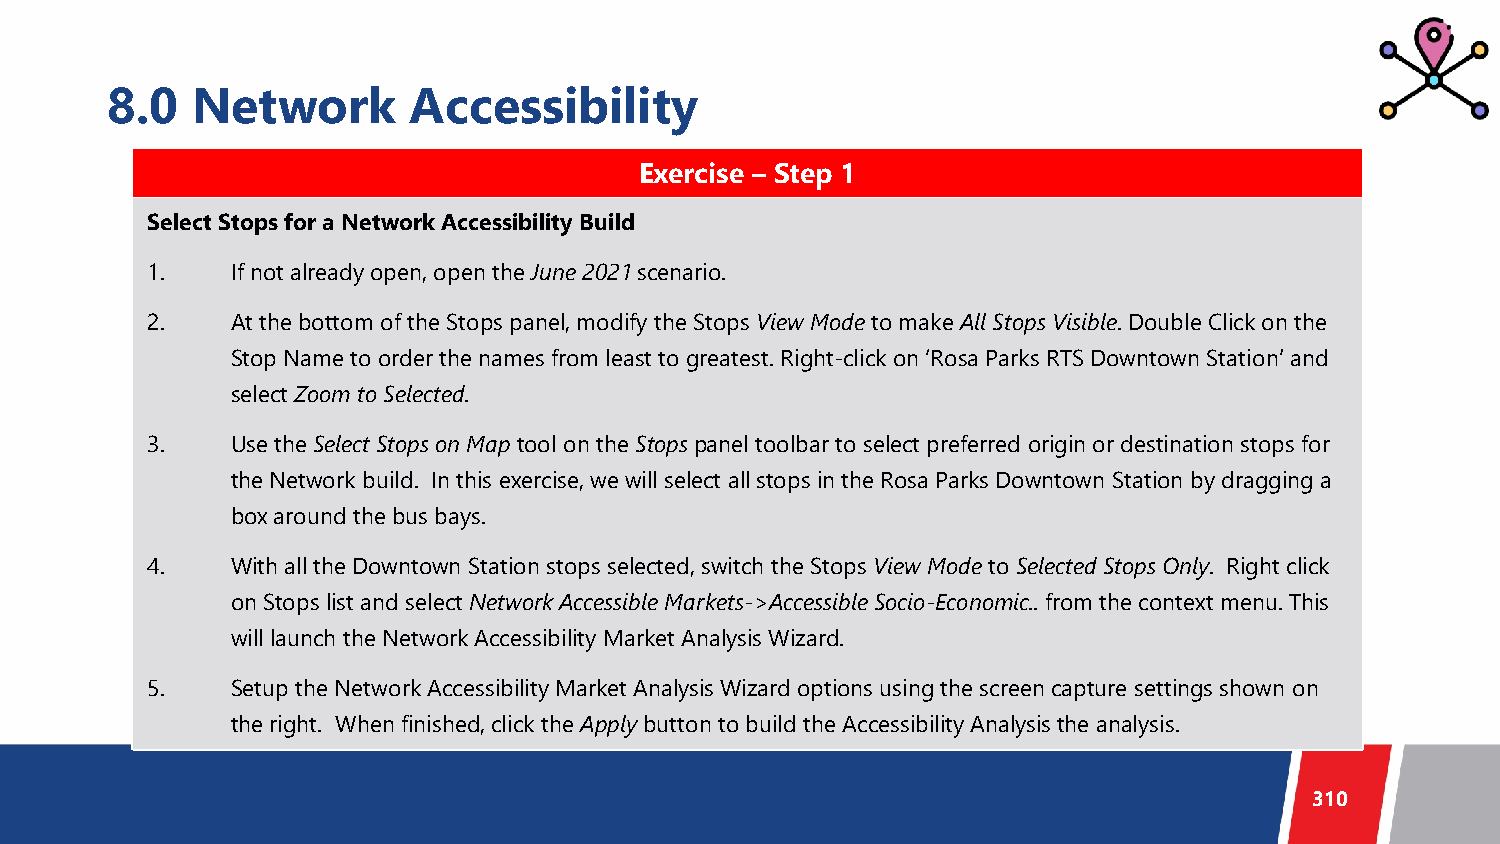
8.0   Network       Accessibility
 Exercise – Step 1
 Select Stops for a Network Accessibility Build
 1.   If not already open, open the June 2021 scenario.
 2.   At the bottom of the Stops panel, modify the Stops View Mode to make All Stops Visible. Double Click on the
 Stop Name to order the names from least to greatest. Right-click on ‘Rosa Parks RTS Downtown Station’ and
 select Zoom to Selected.
 3.   Use the Select Stops on Map tool on the Stopspanel toolbar to select preferred origin or destination stops for
 the Network build. In this exercise, we will select all stops in the Rosa Parks Downtown Station by dragging a
 box around the bus bays.
 4.   With all the Downtown Station stops selected, switch the Stops View Mode to Selected Stops Only. Right click
 on Stops list and select Network Accessible Markets->Accessible Socio-Economic.. from the context menu. This
 will launch the Network Accessibility Market Analysis Wizard.
 5.   Setup the Network Accessibility Market Analysis Wizard options using the screen capture settings shown on
 the right. When finished, click the Apply button to build the Accessibility Analysis the analysis.
 310